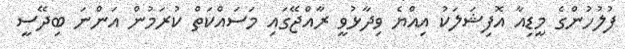
ފުލުހުންގެ މީޑިއާ އޮފިޝަލަކު އިއްޔެ ވިދާޅުވީ ރާއްޖޭގައި މަސައްކަތް ކުރަމުން އަންނަ ބިދޭސީ